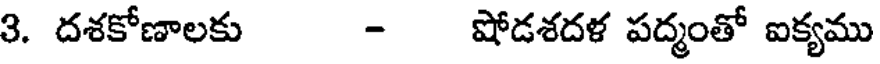
3. దశకోణాలకు - షోడశదళ పద్మంతో ఐక్యము